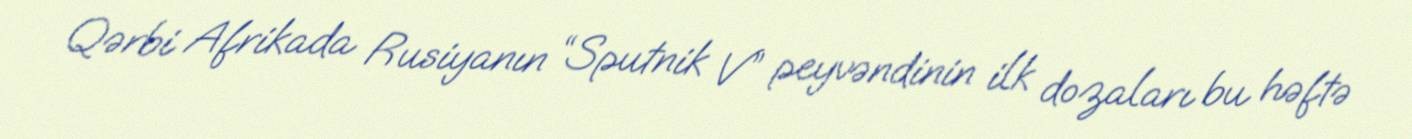
Qərbi Afrikada Rusiyanın “Sputnik V” peyvəndinin ilk dozaları bu həftə